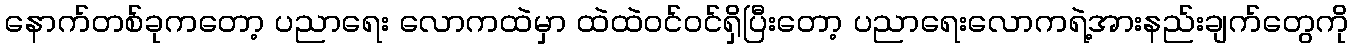
နောက်တစ်ခုကတော့ ပညာရေး လောကထဲမှာ ထဲထဲဝင်ဝင်ရှိပြီးတော့ ပညာရေးလောကရဲ့အားနည်းချက်တွေကို